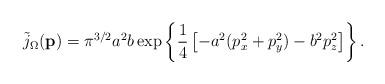
LaTeX: \begin{align*}\tilde{j}_\Omega({\bf p}) = \pi^{3/2} a^2 b \exp\left\{ \frac{1}{4} \left[ -a^2 (p_x^2 + p_y^2) - b^2 p_z^2\right] \right\}.\end{align*}